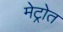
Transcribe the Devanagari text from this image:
मेट्रोत